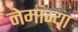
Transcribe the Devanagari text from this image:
नेमांन्या